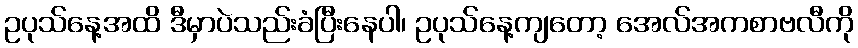
ဥပုသ်နေ့အထိ ဒီမှာပဲသည်းခံပြီးနေပါ၊ ဥပုသ်နေ့ကျတော့ အေလ်အကစာဗလီကို